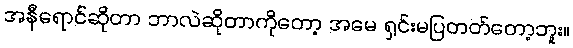
အနီရောင်ဆိုတာ ဘာလဲဆိုတာကိုတော့ အမေ ရှင်းမပြတတ်တော့ဘူး။